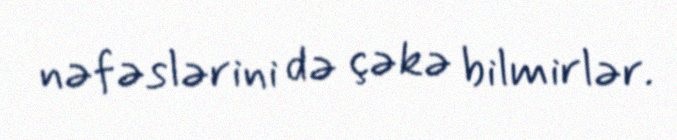
nəfəslərini də çəkə bilmirlər.